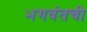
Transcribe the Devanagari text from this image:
भगवंतची